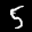
Label: 5